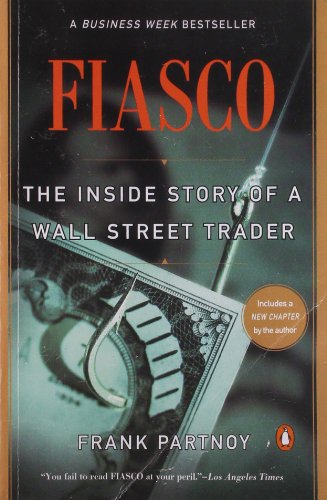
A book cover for Fiasco: The Inside Story of a Wall Street Trader; Frank Partnoy; Business & Money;